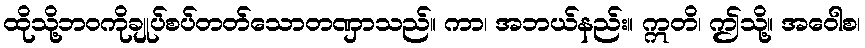
ထိုသို့ဘဝကိုချုပ်စပ်တတ်သောတဏှာသည်။ ကာ၊ အဘယ်နည်း။ ဣတိ၊ ဤသို့။ အဝေါစ၊